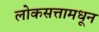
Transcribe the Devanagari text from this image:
लोकसत्तामधून